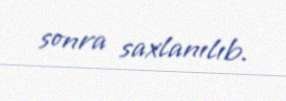
sonra saxlanılıb.